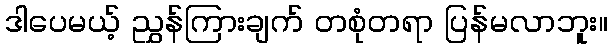
ဒါပေမယ့် ညွှန်ကြားချက် တစုံတရာ ပြန်မလာဘူး။